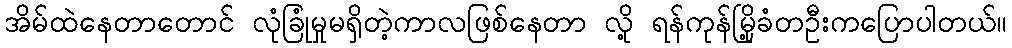
အိမ်ထဲနေတာတောင် လုံခြုံမှုမရှိတဲ့ကာလဖြစ်နေတာ လို့ ရန်ကုန်မြို့ခံတဦးကပြောပါတယ်။